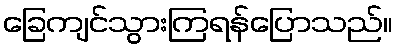
ခြေကျင်သွားကြရန်ပြောသည်။